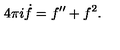
4 \pi i \dot { f } = f ^ { \prime \prime } + f ^ { 2 } .